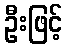
ဦးဖြင့်